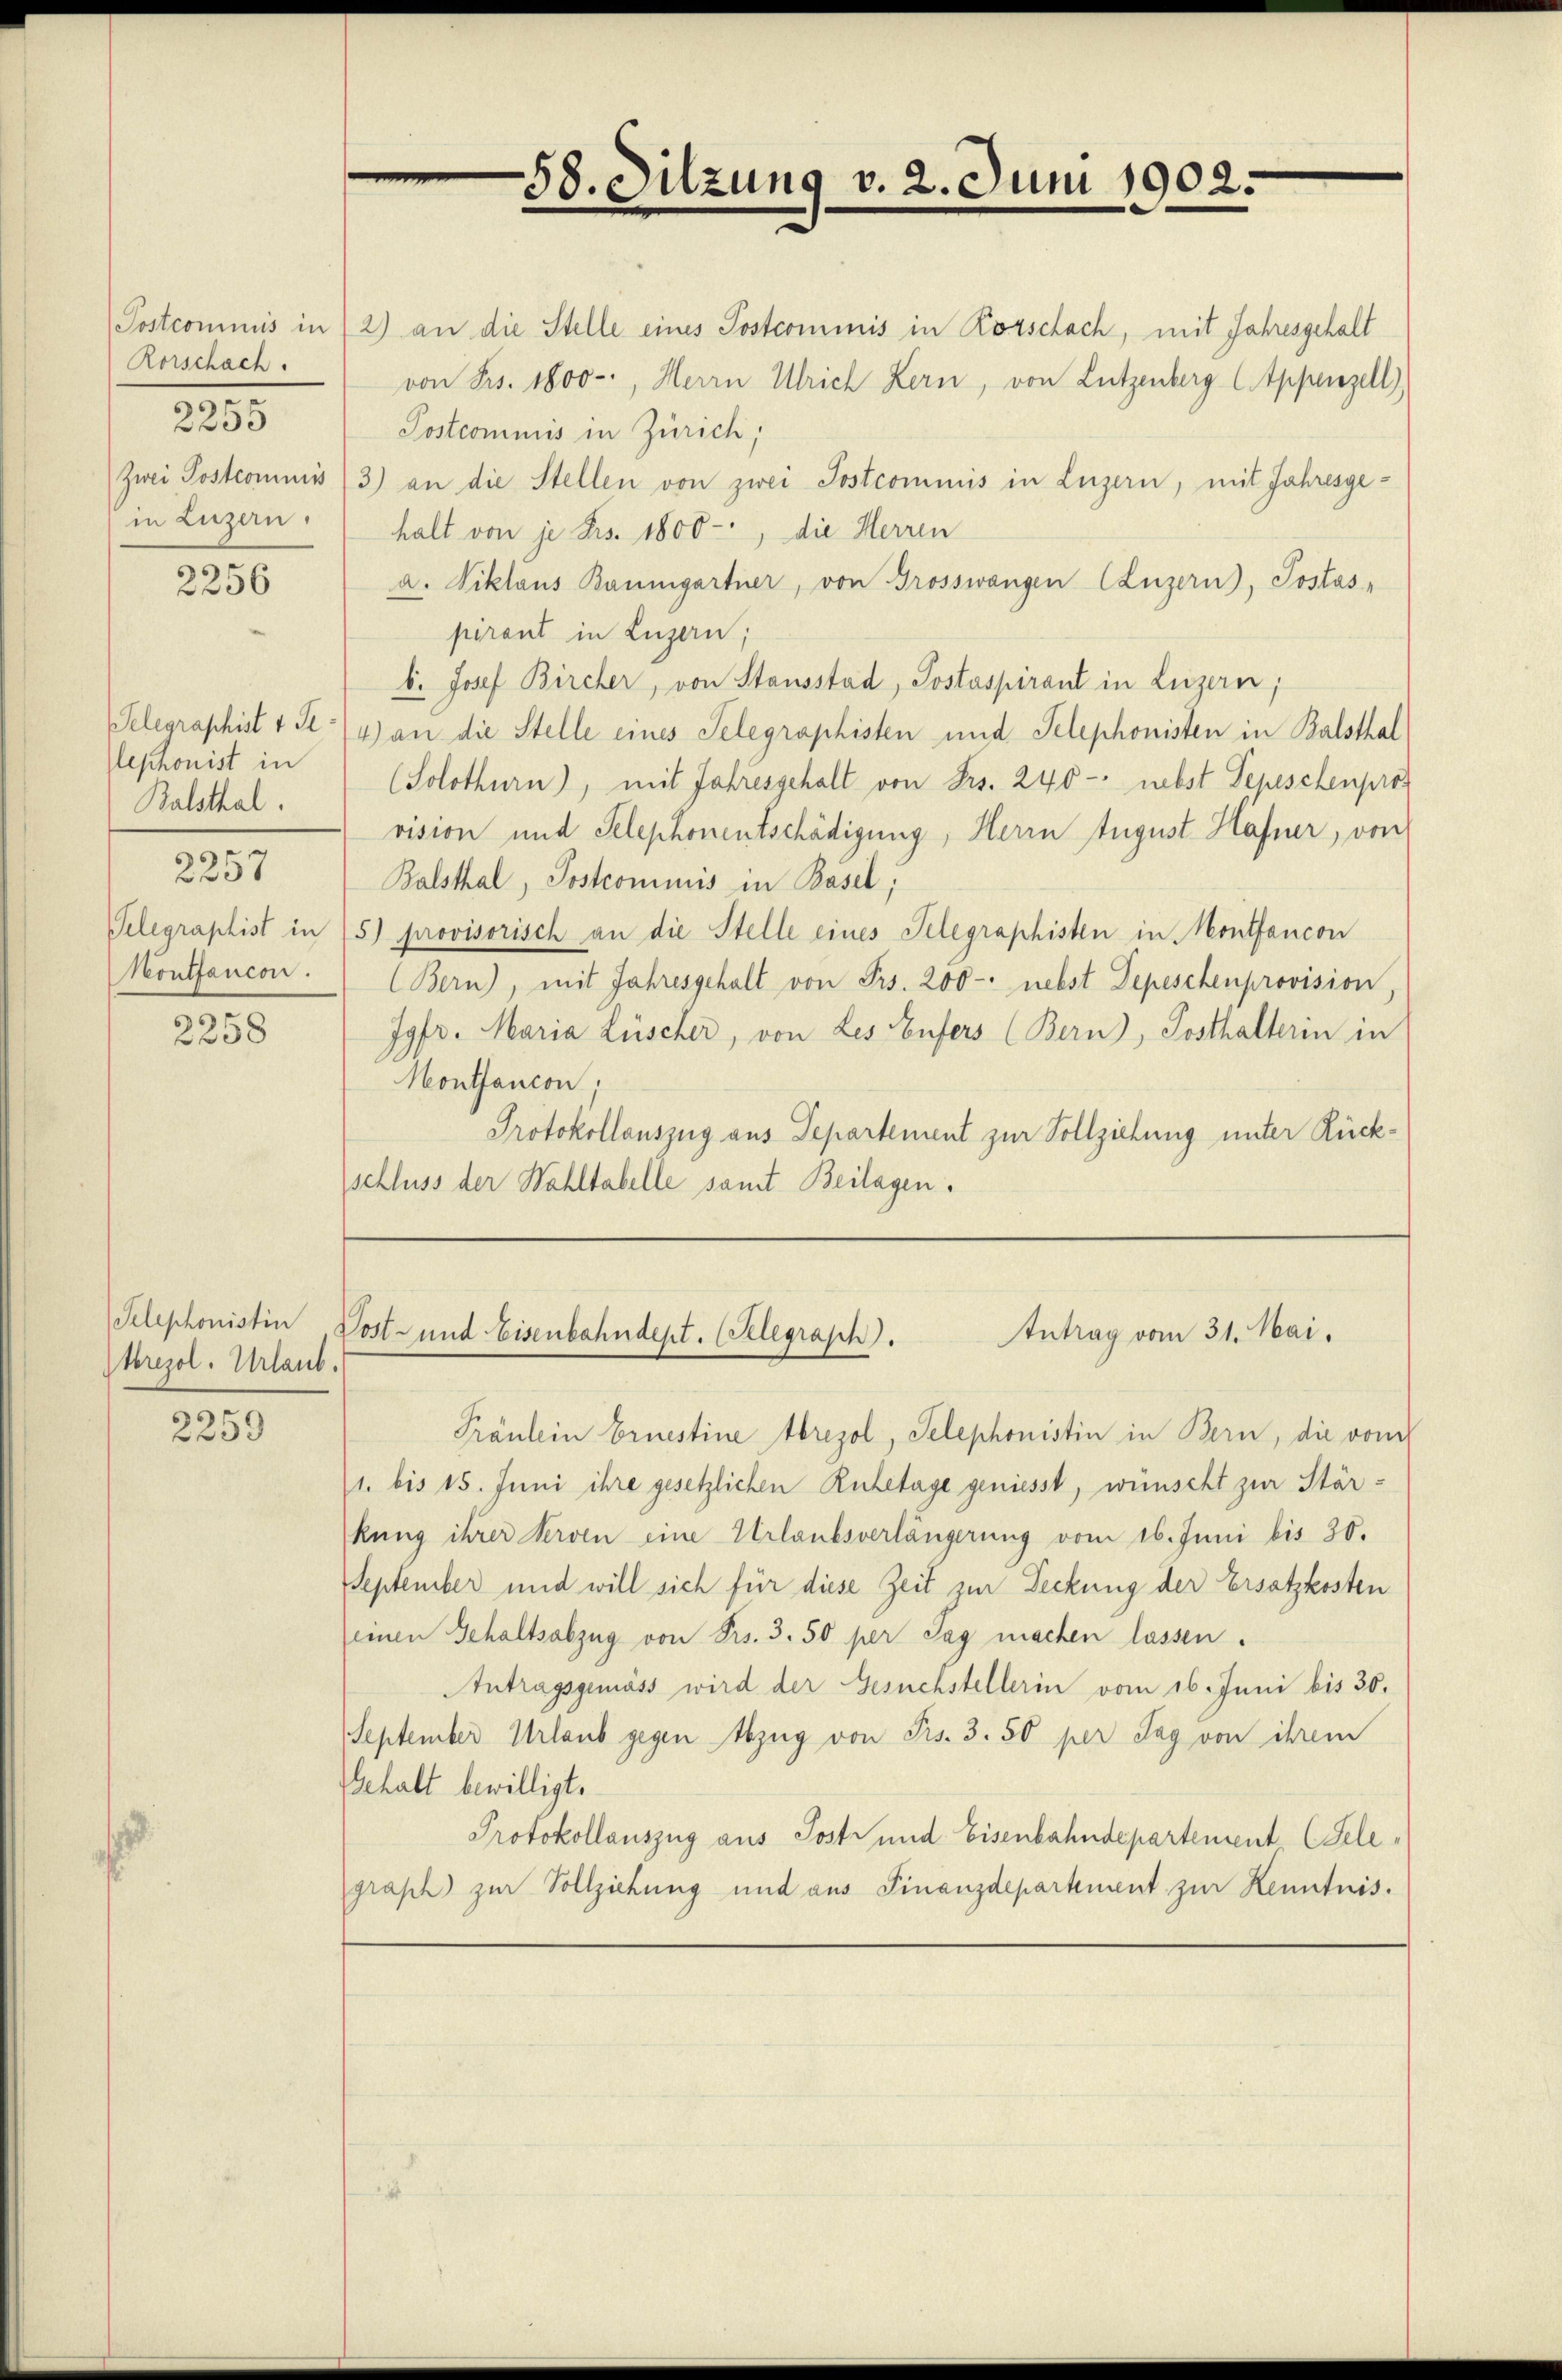
Rorschach.
in Luzern.

e
2255

2256

Telegraphist v. Selephonist in
Balsthal.

s
2357

Telegraphist in
Koutfancon.

2258

Telephonistin
tbrezol. Urlaub.

2259

58. Sitzung v. 2. Juni 1902.

Postcommis in (2) an die Stelle eines Postcommis in Rorschach, mit Jahresgehalt
von Frs. 1800-, Herrn Ulrich Kern, von Lützenbergl. Appenzell)
Postcommis in Zürich,
Zwei Postcommis (3) an die Stellen von zwei Postcommis in Luzern, mit Jahresgehalt von je Frs. 1800-, die Herren
a. Viklaus Baumgartner, von Grosswangen (Luzern), Postas-
pirant in Luzern,
b. Josef Bircher, von Stausstad, Postaspirant in Luzern,
4) an die Stelle eines Telegraphisten und Telephonisten in Balsthal
(Solothurn), mit Jahresgehalt von Frs. 240 - nebst Depeschenpros
vision und Telephonentschädigung, Herrn August Hafner, von
Balsthal, Postcommis in Basel,
5) provisorisch an die Stelle eines Telegraphisten in Montfancon
(Bern), mit Jahresgehalt von Frs. 200 - nebst Depeschenprovision,
Jgfr. Maria Lüscher, von Les Eufers (Bern), Posthalterin in
Montancon;
Protokollauszug aus Departement zur Vollziehung unter Rückschluss der Wahltabelle samt Beilagen.

Antrag vom 31. Mai.
Post- und Eisenbahndept. (Selegrasch.

Präulein Ernestine Abrezol, Telephonistin in Bern, die von
1. bis 15. Juni ihre gesetzlichen Ruhetage geniesst, wünscht zur Stärkung ihrer terven eine Urlaubsverlängerung vom 16. Juni bis 30.
September und will sich für diese Zeit zur Deckung der Ersatzkosten
(einen Gehaltsabzug von Frs. 3. 50 per Tag machen lassen.
Antragsgemäss wird der Gesuchstellerin vom 16. Juni bis 30.
September Urlaub gegen Abzug von Frs. 3. 50 per Tag von ihrem
Gehalt bewilligt.
Protokollauszug aus Postr und Eisenbahndepartement (Telegraph zur Vollziehung und aus Finanzdepartement zur Kenntnis.